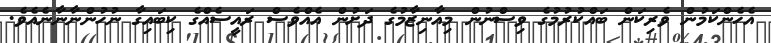
އެހެންކަމުން ވެރިކަން ބައްކުރުމުގެ ވިސްނުން މިއާނިޒާމުގެ ދަށުން އެއްވެސް ރައީސެއްގެ ކިބައިގާ ނުހުންނާނާނެއެވެ.